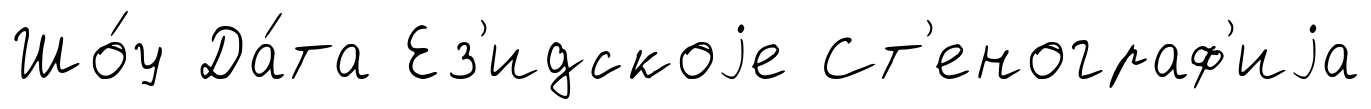
Шо́у Да́та Ез'идскоjе Ст'енограф'иjа